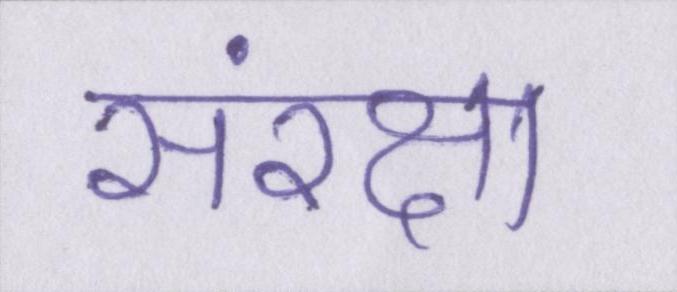
संरक्षा